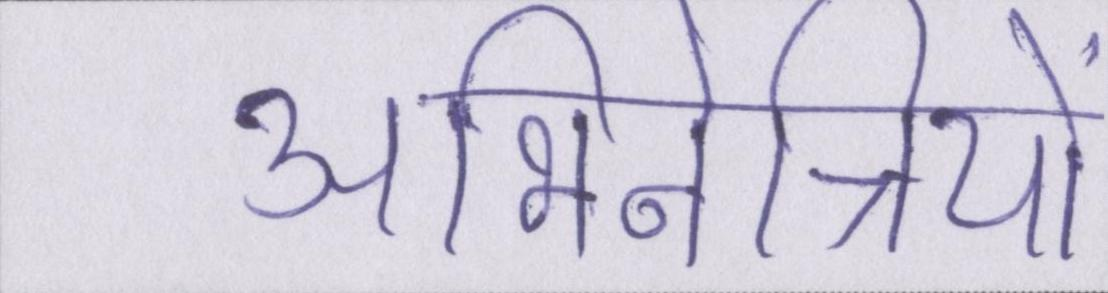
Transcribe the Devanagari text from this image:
अभिनेत्रियों